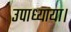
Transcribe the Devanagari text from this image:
उपाध्याया।